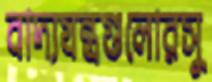
বাদ্যযন্ত্রগুলোরসু